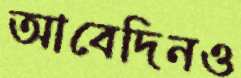
আবেদিনও